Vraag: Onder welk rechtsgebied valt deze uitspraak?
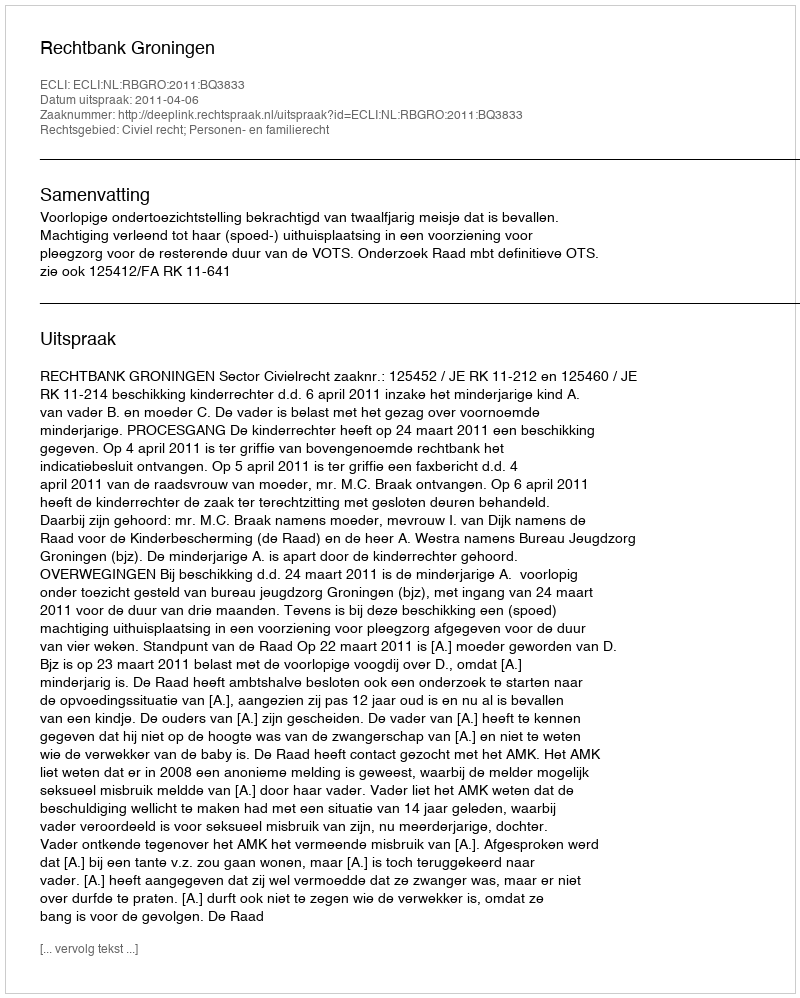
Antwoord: Civiel recht; Personen- en familierecht